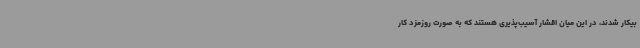
بیکار شدند، در این میان اقشار آسیب‌پذیری هستند که به صورت روزمزد کار